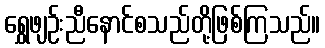
ရွှေဖျဉ်းညီနောင်စသည်တို့ဖြစ်ကြသည်။